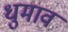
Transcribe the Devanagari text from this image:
धुमाव